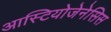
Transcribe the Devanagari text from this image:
आस्टियोजेनेसिस